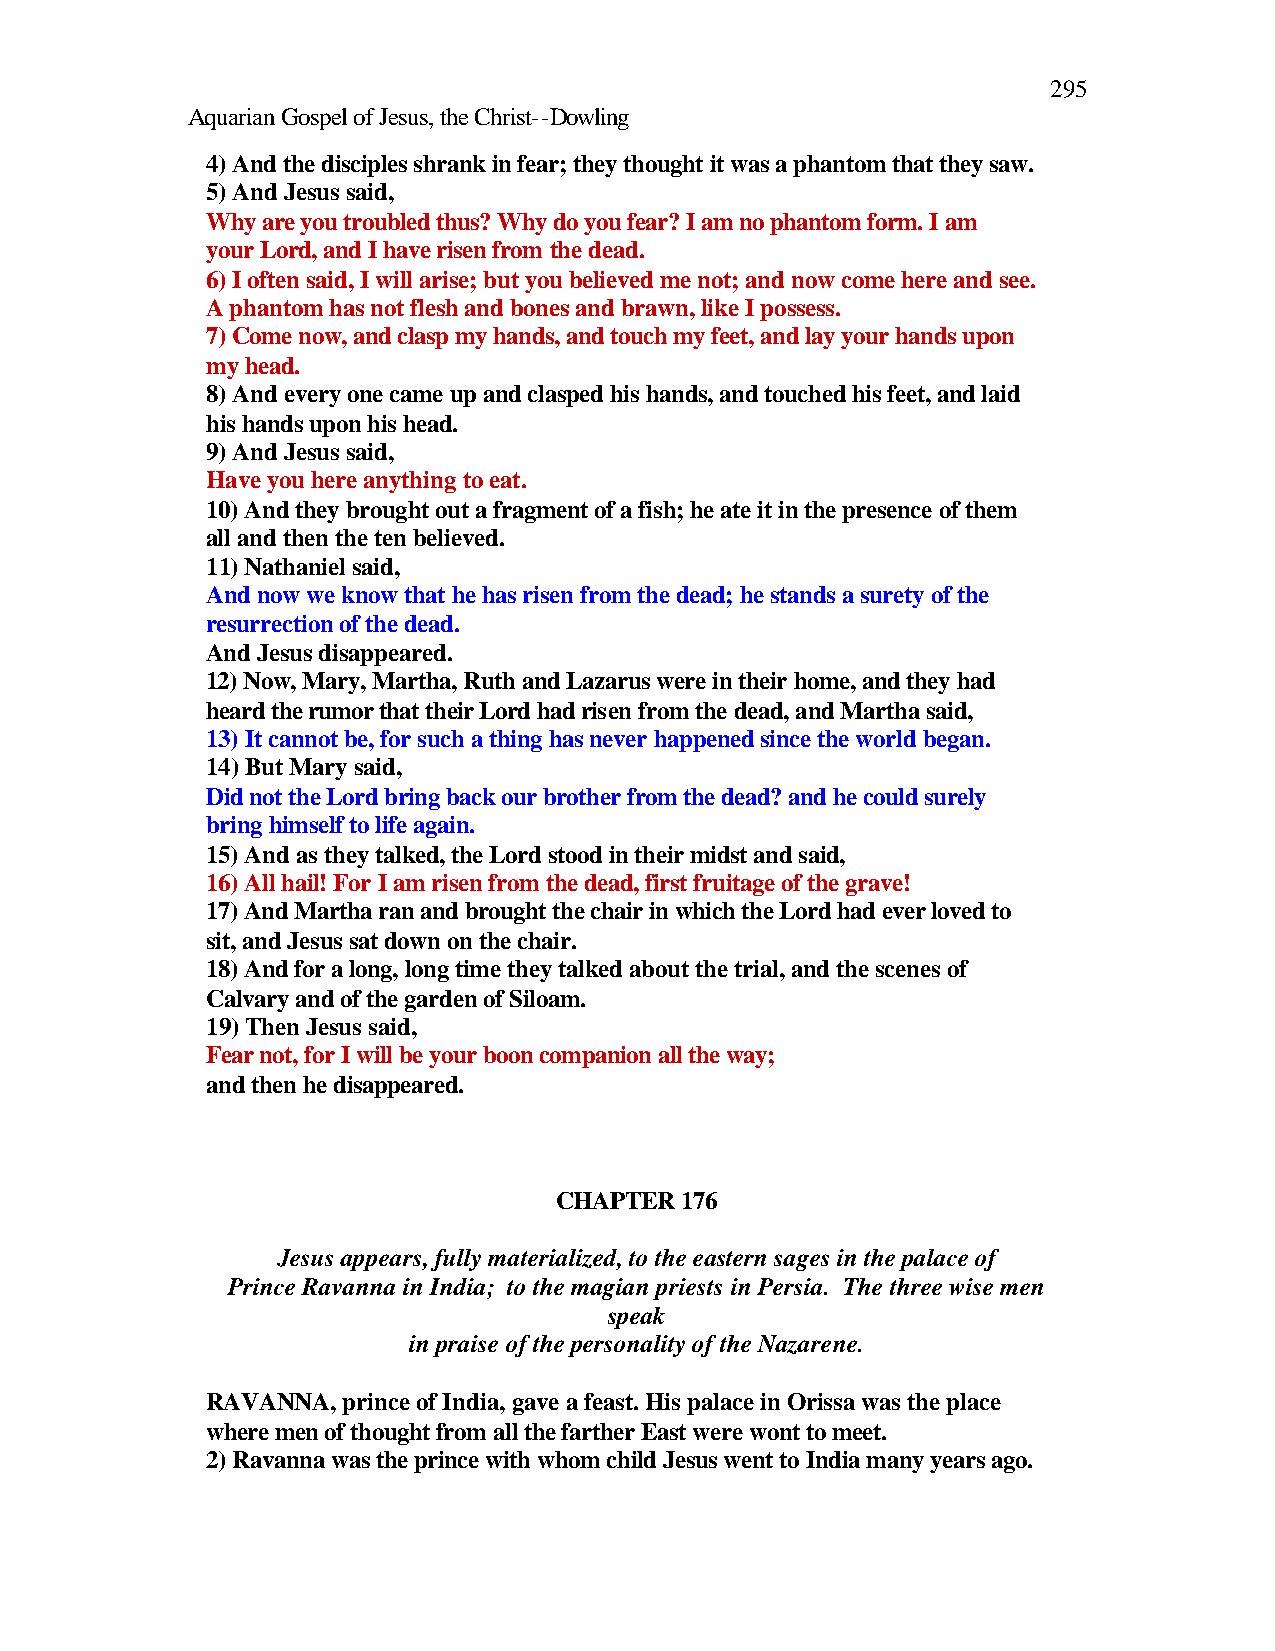
295
 Aquarian Gospel of Jesus, the Christ--Dowling
 4) And the disciples shrank in fear; they thought it was a phantom that they saw.
 5) And Jesus said,
 Why are you troubled thus? Why do you fear? I am no phantom form. I am
 your Lord, and I have risen from the dead.
 6) I often said, I will arise; but you believed me not; and now come here and see.
 A phantom has not flesh and bones and brawn, like I possess.
 7) Come now, and clasp my hands, and touch my feet, and lay your hands upon
 my head.
 8) And every one came up and clasped his hands, and touched his feet, and laid
 his hands upon his head.
 9) And Jesus said,
 Have you here anything to eat.
 10) And they brought out a fragment of a fish; he ate it in the presence of them
 all and then the ten believed.
 11) Nathaniel said,
 And now we know that he has risen from the dead; he stands a surety of the
 resurrection of the dead.
 And Jesus disappeared.
 12) Now, Mary, Martha, Ruth and Lazarus were in their home, and they had
 heard the rumor that their Lord had risen from the dead, and Martha said,
 13) It cannot be, for such a thing has never happened since the world began.
 14) But Mary said,
 Did not the Lord bring back our brother from the dead? and he could surely
 bring himself to life again.
 15) And as they talked, the Lord stood in their midst and said,
 16) All hail! For I am risen from the dead, first fruitage of the grave!
 17) And Martha ran and brought the chair in which the Lord had ever loved to
 sit, and Jesus sat down on the chair.
 18) And for a long, long time they talked about the trial, and the scenes of
 Calvary and of the garden of Siloam.
 19) Then Jesus said,
 Fear not, for I will be your boon companion all the way;
 and then he disappeared.
 CHAPTER 176
 Jesus appears, fully materialized, to the eastern sages in the palace of
 Prince Ravanna in India; to the magian priests in Persia. The three wise men
 speak
 in praise of the personality of the Nazarene.
 RAVANNA, prince of India, gave a feast. His palace in Orissa was the place
 where men of thought from all the farther East were wont to meet.
 2) Ravanna was the prince with whom child Jesus went to India many years ago.